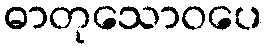
ဓာတုသောဝပေ